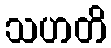
သဟတိ